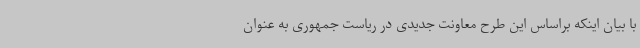
با بیان اینکه براساس این طرح معاونت جدیدی در ریاست جمهوری به عنوان